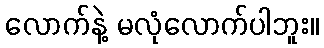
လောက်နဲ့ မလုံလောက်ပါဘူး။